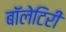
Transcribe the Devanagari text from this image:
बॉलेटिरी